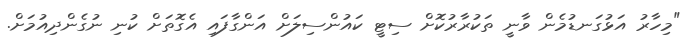
"މިހާރު އަޅުގަނޑުމެން ވާނީ ތަކުރާރުކޮށް ސިޓީ ކައުންސިލަށް އަންގާފައި އެގޮތަށް ކުނި ނުގެންދިއުމަށް.